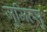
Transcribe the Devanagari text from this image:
जुजित्सु